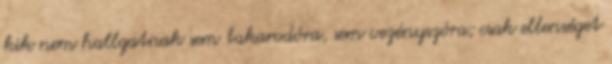
kik nem hallgatnak sem takarodóra, sem vezényszóra; csak ellenséget